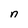
Character: n